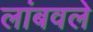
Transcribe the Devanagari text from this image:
लांबवले